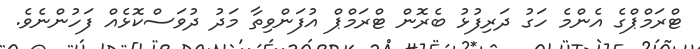
ޓްރަމްޕްގެ އެންމެ ހަގު ދަރިފުޅު ބެރޮން ޓްރަމްޕް އުފަންވިތާ މަދު ދުވަސްކޮޅެއް ފަހުންނެވެ.